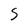
Character: 5